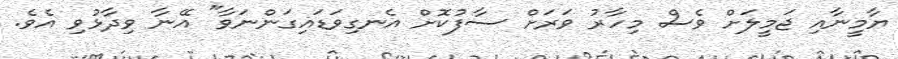
ޔާމީނާއި ޖަމީލަށް ވެސް މިހާރު ވަރަށް ސާފުކޮށް އެނގިވަޑައިގަންނަވާ" އޭނާ ވިދާޅުވި އެވެ.